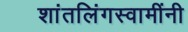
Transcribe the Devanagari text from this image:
शांतलिंगस्वामींनी